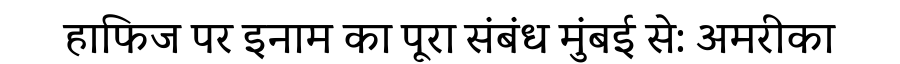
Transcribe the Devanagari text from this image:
हाफिज पर इनाम का पूरा संबंध मुंबई से: अमरीका